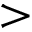
>